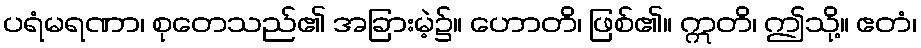
ပရံမရဏာ၊ စုတေသည်၏ အခြားမဲ့၌။ ဟောတိ၊ ဖြစ်၏။ ဣတိ၊ ဤသို့။ ဧတံ၊